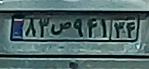
۸۳ص۹۴۱۳۴